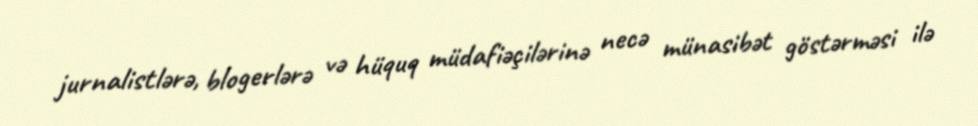
jurnalistlərə, blogerlərə və hüquq müdafiəçilərinə necə münasibət göstərməsi ilə